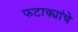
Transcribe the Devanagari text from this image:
फटाक्यांचे